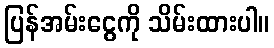
ပြန်အမ်းငွေကို သိမ်းထားပါ။